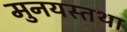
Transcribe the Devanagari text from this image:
मुनयस्तथा